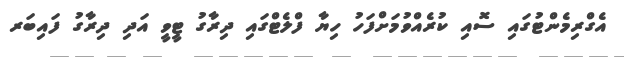
އެގްރިމެންޓުގައި ސޮއި ކުރެއްވުމަށްފަހު ހިޔާ ފްލެޓްގައި ދިރާގު ޓީވީ އަދި ދިރާގު ފައިބަރ